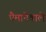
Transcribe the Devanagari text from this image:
पैमानेवाले